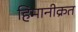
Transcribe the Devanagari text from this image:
हिमानीक्रत